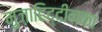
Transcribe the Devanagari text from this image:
मुज़ाहिद्दीनका